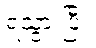
ရသွားပြီ။